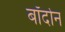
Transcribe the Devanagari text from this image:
बॉर्दोन